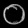
Digit: ၀